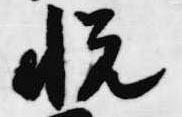
悦